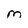
Character: M